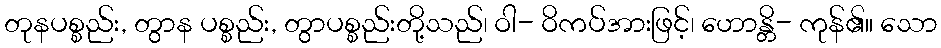
တုနပစ္စည်း, တွာန ပစ္စည်း, တွာပစ္စည်းတို့သည်၊ ဝါ- ဝိကပ်အားဖြင့်၊ ဟောန္တိ- ကုန်၏။ သော